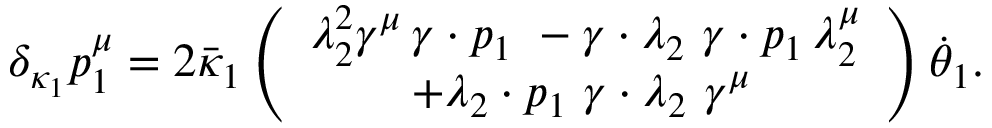
\delta _ { \kappa _ { 1 } } p _ { 1 } ^ { \mu } = 2 \bar { \kappa } _ { 1 } \left( \begin{array} { c } { { \lambda _ { 2 } ^ { 2 } \gamma ^ { \mu } \, \gamma \cdot p _ { 1 } \ - \gamma \cdot \lambda _ { 2 } \, \, \gamma \cdot p _ { 1 } \, \lambda _ { 2 } ^ { \mu } } } \\ { { + \lambda _ { 2 } \cdot p _ { 1 } \, \, \gamma \cdot \lambda _ { 2 } \, \, \gamma ^ { \mu } \, } } \end{array} \right) \dot { \theta } _ { 1 } .